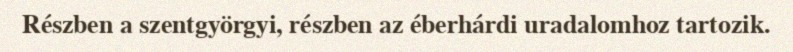
Részben a szentgyörgyi, részben az éberhárdi uradalomhoz tartozik.